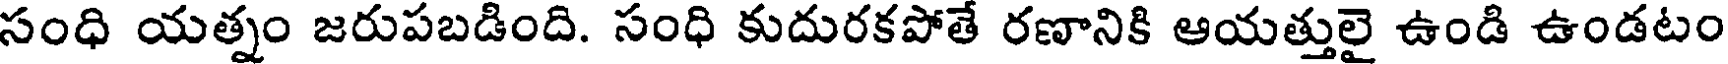
సంధి యత్నం జరుపబడింది. సంధి కుదురకపోతే రణానికి ఆయత్తులై ఉండి ఉండటం